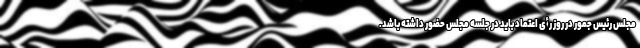
مجلس رئیس جمور در روز رأی اعتماد باید در جلسه مجلس حضور داشته باشد.